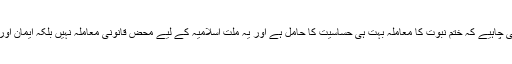
ہمیں یہ بات فراموش نہیں کرنی چاہیے کہ ختم نبوت کا معاملہ بہت ہی حساسیت کا حامل ہے اور یہ ملت اسلامیہ کے لیے محض قانونی معاملہ نہیں بلکہ ایمان اور اجتماعی وجود کی اساس ہے۔